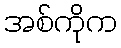
အစ်ကိုက